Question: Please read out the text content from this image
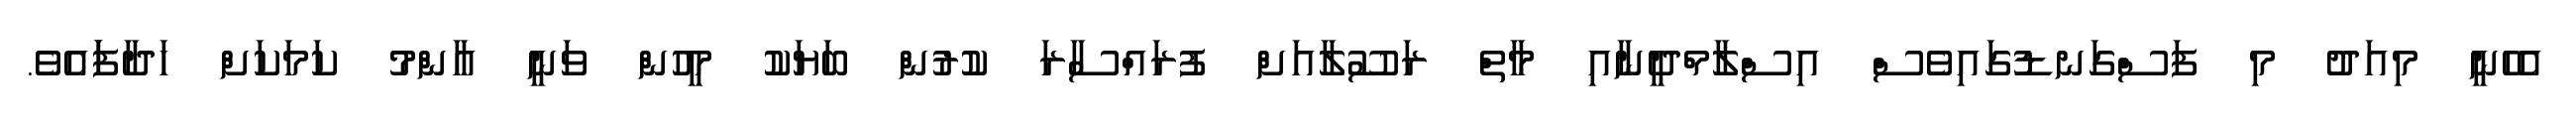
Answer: އެހެނީ މިއަދު މި ފަސްގަނޑުގައިވެސް އިސްލާމްދީނާއި މާތް ރަސޫލާއަށް ފުރައްސާރަ ކުރުން ބަޔަކު މީހުން ވަނީ އާންމު ކަމަކަށް ހަދާފަައެވެ.